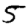
Digit: 5